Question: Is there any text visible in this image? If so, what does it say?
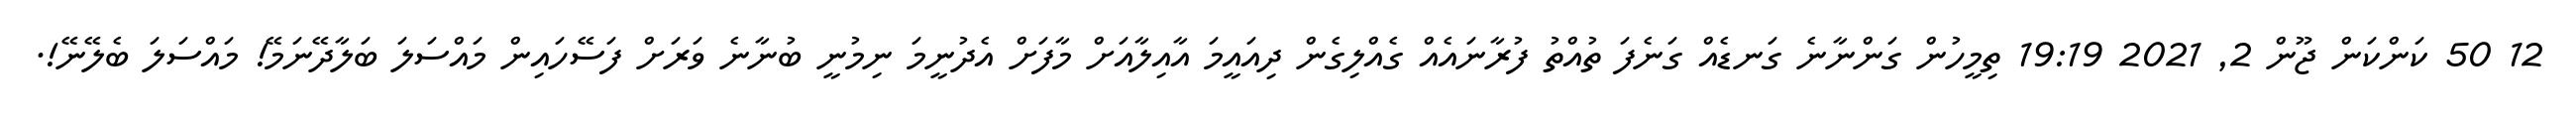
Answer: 12 50 ކަންކަން ޖޫން 2, 2021 19:19 ތިމީހުން ގަންނާނެ ގަނޑެއް ގަނެފަ ތުއްތު ފުރާނައެއް ގެއްލިގެން ދިއައީމަ އާއިލާއަށް މާފަށް އެދުނީމަ ނިމުނީ ބުނާނެ ވަރަށް ފަސޭހައިން މައްސަލަ ބަލާދޭނަމޭ! މައްސަލަ ބެލޭނޭ!.